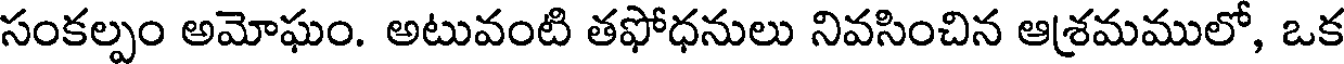
సంకల్పం అమోఘం. అటువంటి తఫోధనులు నివసించిన ఆశ్రమములో, ఒక